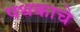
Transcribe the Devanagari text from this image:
पथकाचेे